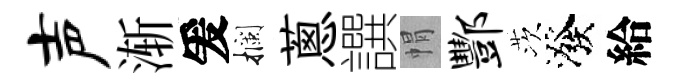
声渐爰攔蔥譔㡌酆茨潑給